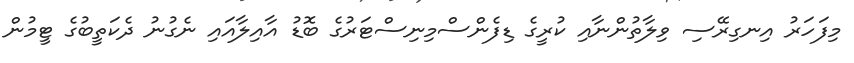
މިފަހަރު އިނގިރޭސި ވިލާތުންނާއި ކުރީގެ ޑިފެންސްމިނިސްޓަރުގެ ބޮޑު އާއިލާއައި ނެގުނު ދެކަތީބުގެ ޓީމުން